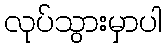
လုပ်သွားမှာပါ